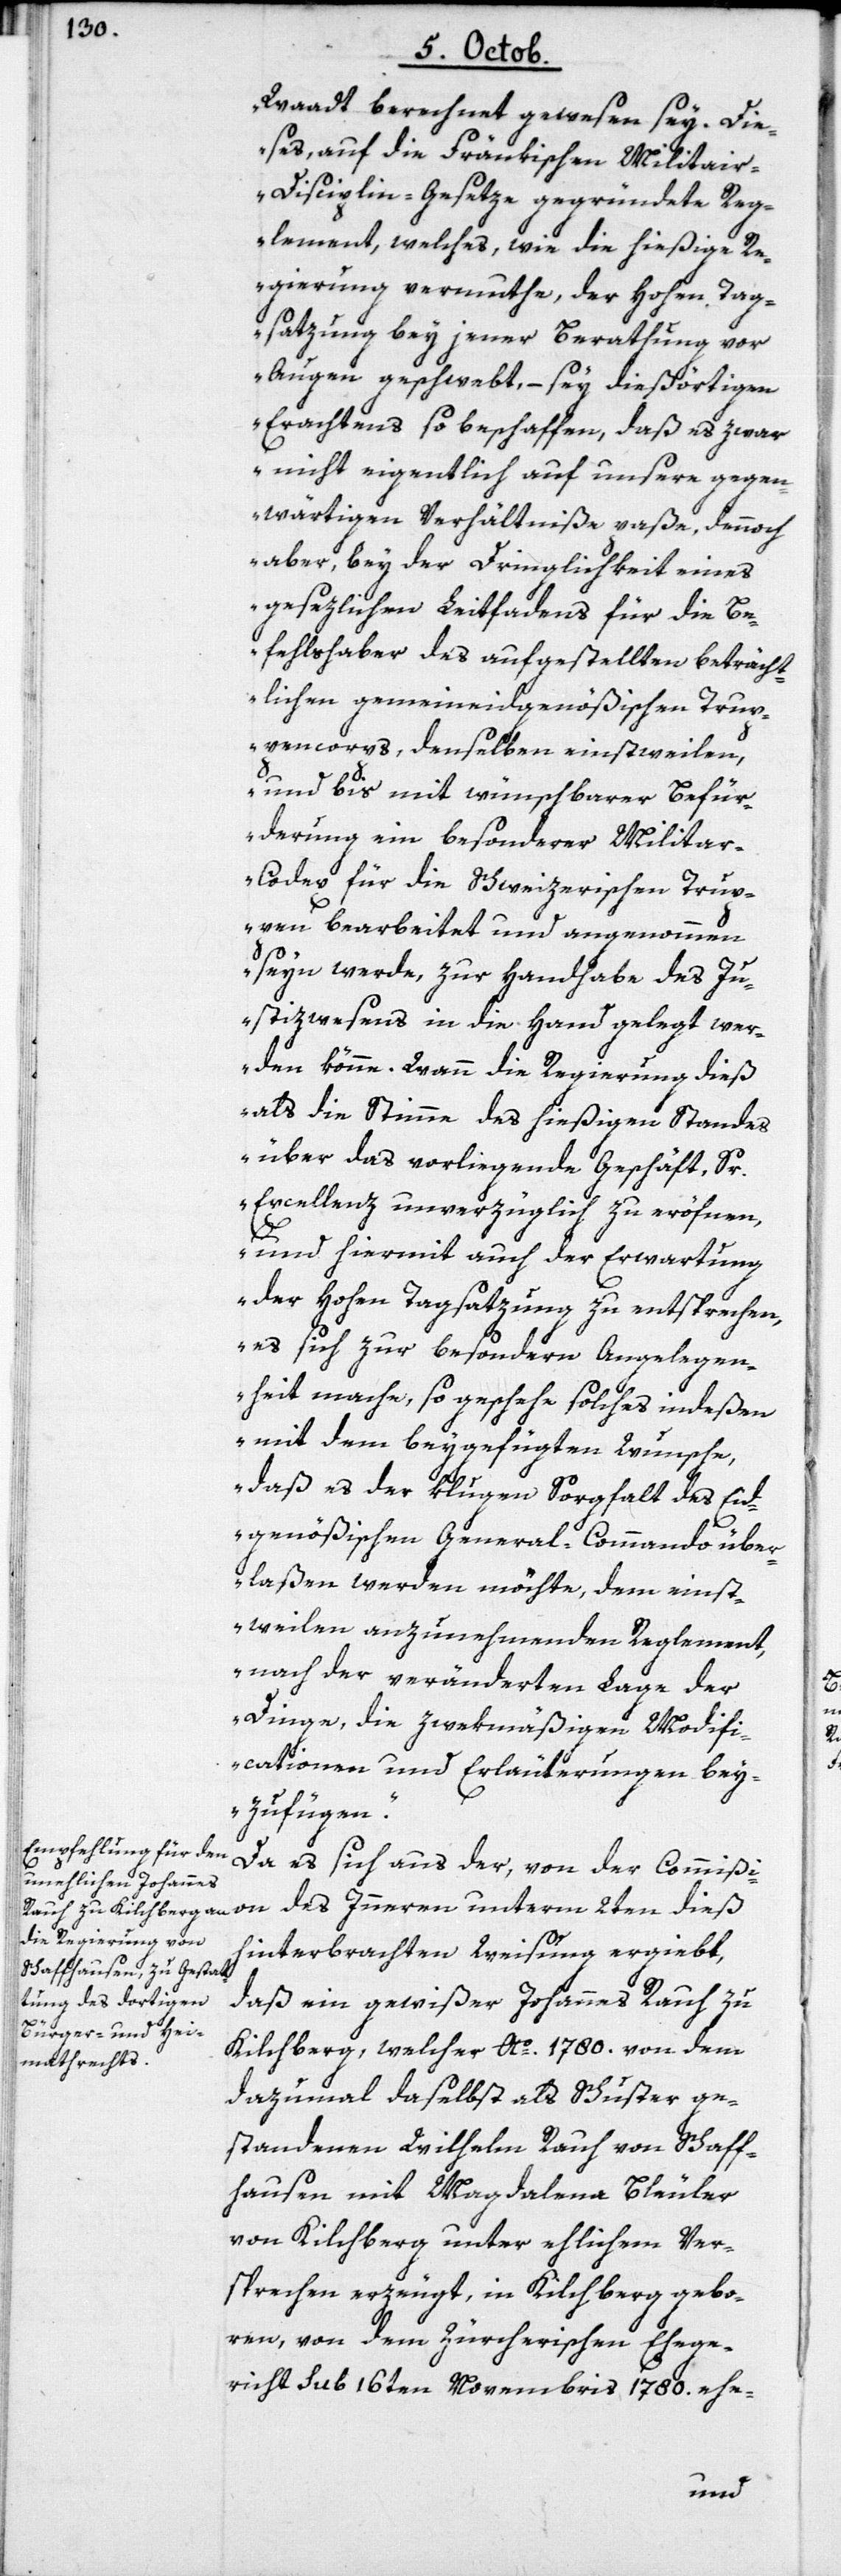
Waadt berechnet gewesen sey. Die¬
ses, auf die Fränkischen Militai¬
r-Disciplin-Gesetze gegründete Reg¬
lement, welches, wie die hießige Re¬
gierung vermuthe, der hohen Tag¬
satzung bey jener Berathung vor
Augen geschwebt, – sei diesörtigen
Erachtens so beschaffen, daß es zwar
nicht eigentlich auf unsere gegen¬
wärtigen Verhältniße paße, dennoch
aber, bey der Dringlichkeit eines
gesezlichen Leitfadens für die Be¬
fehlshaber des aufgestellten beträcht¬
lichen gemeineidgenößischen Trup¬
pencorps, denselben einstweilen,
und bis mit wünschbarer Befür¬
derung ein besonderer Milita¬
r-Codex für die Schweizerischen Trup¬
pen bearbeitet und angenommen
seyn werde, zur Handhabe des J¬
ustizwesens in die Hand gelegt wer¬
den könne. Wann die Regierung dieß
als die Stimme des hießigen Standes
über das vorliegende Geschäft, Sr.
Excellenz unverzüglich zu eröfnen,
und hiermit auch der Erwartung
der hohen Tagsatzung zu entsprechen,
es sich zur besondern Angelegen¬
heit mache, so geschehe solches indeßen
mit dem beygefügten Wunsche,
daß es der klugen Sorgfalt des Eid¬
genößischen General-Commando über¬
laßen werden möchte, dem einst¬
weilen anzunehmenden Reglement,
nach der veränderten Lage der
Dinge, die zwekmäßigen Modifi¬
cationen und Erläuterungen bey¬
zufügen“.
Da es sich aus der, von der Commißion
hinterbrachten Weisung ergiebt,
daß ein gewißer Johannes Rauh zu
Kilchberg, welcher Ao. 1780. von dem
dazumal daselbst als Schuster ge¬
standenen Wilhelm Rauh von Schaff¬
hausen mit Magdalena Bleuler
von Kilchberg unter ehlichem Ver¬
sprechen erzeugt, in Kilchberg gebo¬
ren, von dem Zürcherischen Ehege¬
richt sub 16ten Novembris 1780. ehe-